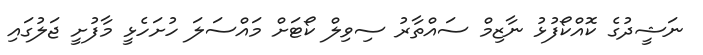
ނަޝީދުގެ ކޮއްކޯފުޅު ނާޒިމް ސައްތާރު ސިވިލް ކޯޓަށް މައްސަލަ ހުށަހެޅީ މާފުށީ ޖަލުގައި